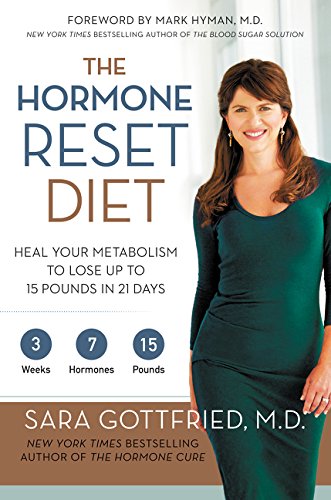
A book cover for The Hormone Reset Diet: Heal Your Metabolism to Lose Up to 15 Pounds in 21 Days; Sara Gottfried; Medical Books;